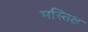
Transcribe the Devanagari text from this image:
मस्तिक्ष